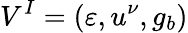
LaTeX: V^{I}=(\varepsilon,u^{\nu},g_{b})